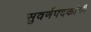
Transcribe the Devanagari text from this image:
सुवर्णपदकांची